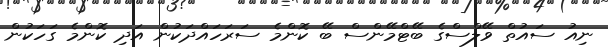
ނިއު ސައުތް ވޭލްސްގެ ބޭޓްމޭންސް ބޭ ކޮންމެ ސަރަހައްދަކުން އަދި ކޮންމެ ގަހަކުން